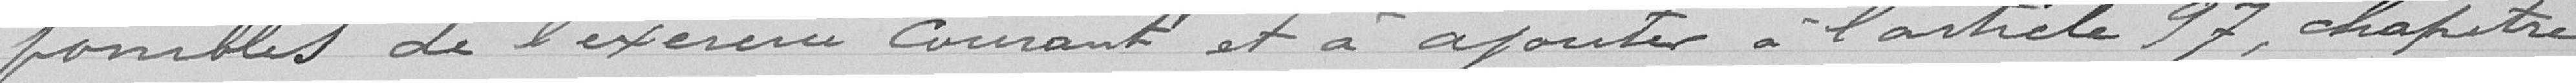
ponibles de l'exercice courant et à ajouter à l'article 97, chapitre